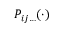
\ P _ { i j \ldots } ( \cdot )